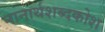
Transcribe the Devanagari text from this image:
नानार्थशब्दकोश